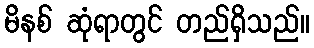
မိနစ် ဆုံရာတွင် တည်ရှိသည်။